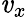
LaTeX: \mathit{v}_{x}